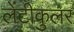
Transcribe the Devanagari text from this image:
लेंटीकुलर